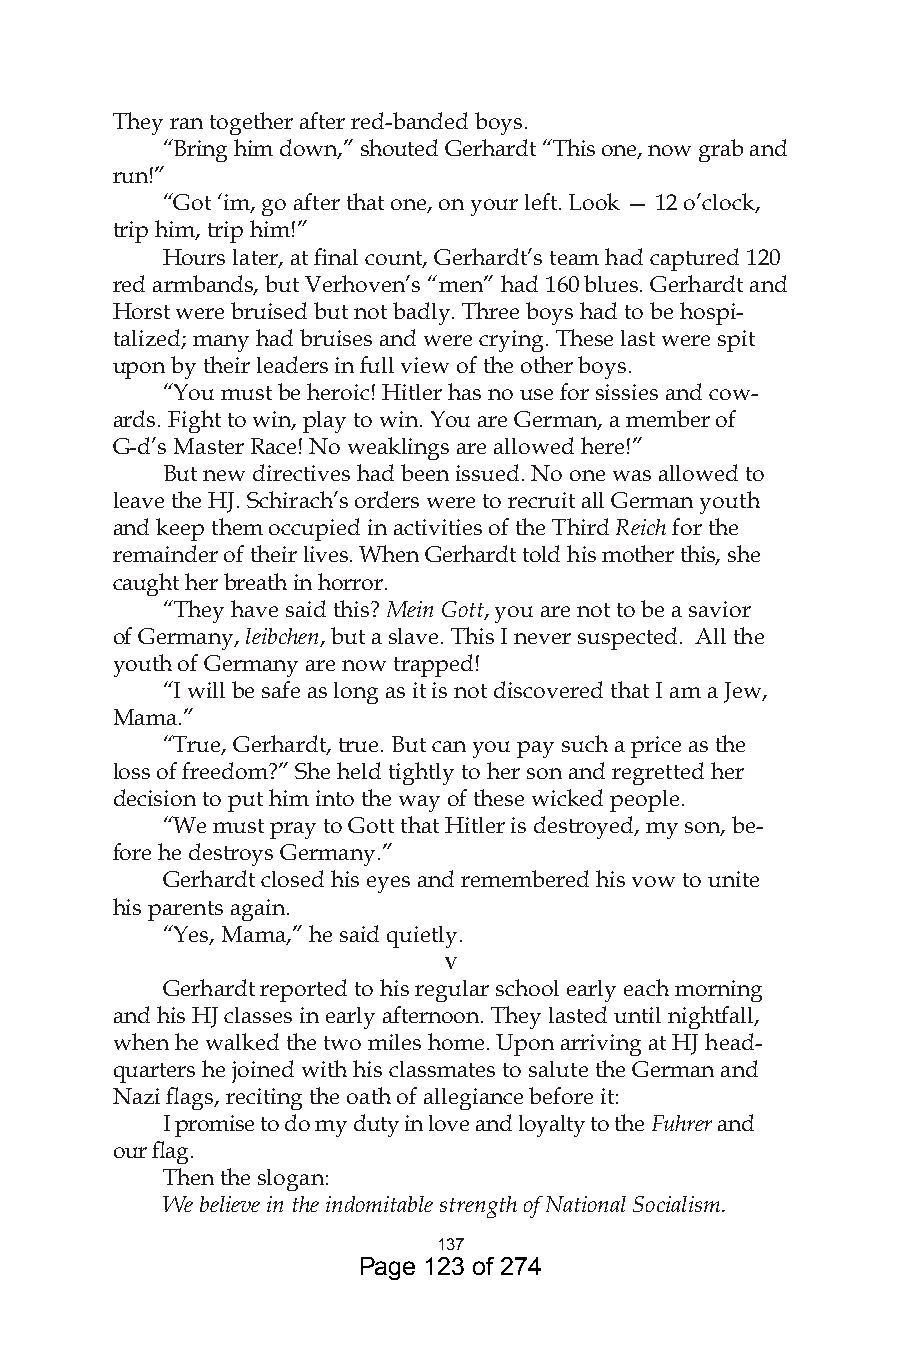
They ran together after red-banded boys.
 “Bring him down,” shouted Gerhardt “This one, now grab and
 run!”
 “Got ‘im, go after that one, on your left. Look — 12 o’clock,
 trip him, trip him!”
 Hours later, at final count, Gerhardt’s team had captured 120
 red armbands, but Verhoven’s “men” had 160 blues. Gerhardt and
 Horst were bruised but not badly. Three boys had to be hospi-
 talized; many had bruises and were crying. These last were spit
 upon by their leaders in full view of the other boys.
 “You must be heroic! Hitler has no use for sissies and cow-
 ards. Fight to win, play to win. You are German, a member of
 G-d’s Master Race! No weaklings are allowed here!”
 But new directives had been issued. No one was allowed to
 leave the HJ. Schirach’s orders were to recruit all German youth
 and keep them occupied in activities of the Third Reich for the
 remainder of their lives. When Gerhardt told his mother this, she
 caught her breath in horror.
 “They have said this? Mein Gott, you are not to be a savior
 of Germany, leibchen, but a slave. This I never suspected. All the
 youth of Germany are now trapped!
 “I will be safe as long as it is not discovered that I am a Jew,
 Mama.”
 “True, Gerhardt, true. But can you pay such a price as the
 loss of freedom?” She held tightly to her son and regretted her
 decision to put him into the way of these wicked people.
 “We must pray to Gott that Hitler is destroyed, my son, be-
 fore he destroys Germany.”
 Gerhardt closed his eyes and remembered his vow to unite
 his parents again.
 “Yes, Mama,” he said quietly.
 v
 Gerhardt reported to his regular school early each morning
 and his HJ classes in early afternoon. They lasted until nightfall,
 when he walked the two miles home. Upon arriving at HJ head-
 quarters he joined with his classmates to salute the German and
 Nazi flags, reciting the oath of allegiance before it:
 I promise to do my duty in love and loyalty to the Fuhrer and
 our flag.
 Then the slogan:
 We believe in the indomitable strength of National Socialism.
 7
 Page 123 of 274